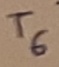
Text: T6